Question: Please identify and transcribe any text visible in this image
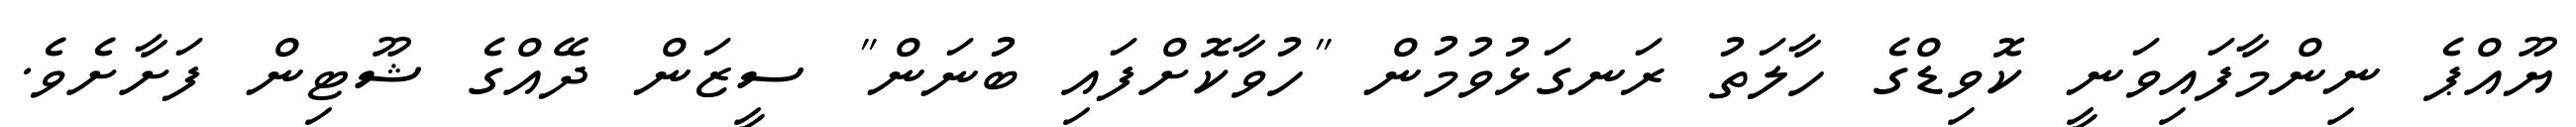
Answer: ޔޫއްޕެ ނިންމާފައިވަނީ ކޮވިޑްގެ ހާލަތު ރަނގަޅުވުމުން "ހުވާކޮށްފައި ބުނަން" ސީޒަން ދޭއްގެ ޝޫޓިން ފަށާށެވެ.